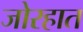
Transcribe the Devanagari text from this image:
जोरहात